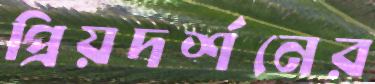
প্রিয়দর্শনের